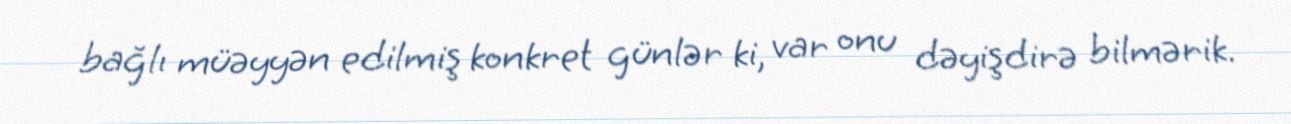
bağlı müəyyən edilmiş konkret günlər ki, var onu dəyişdirə bilmərik.